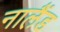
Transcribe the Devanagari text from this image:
नालैंड